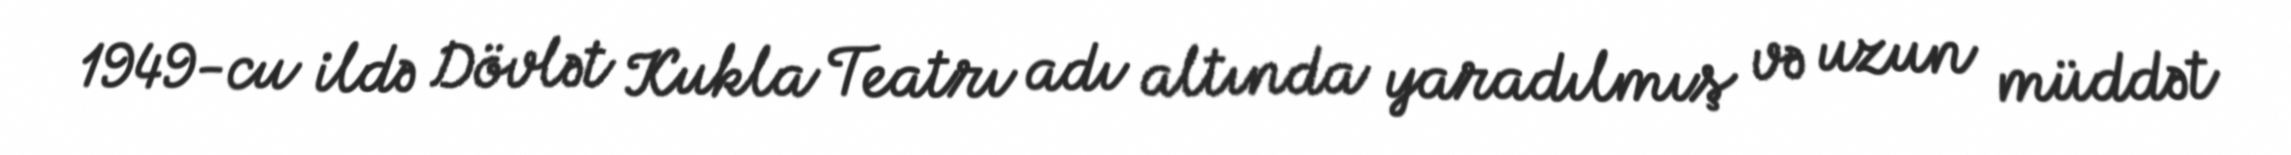
1949-cu ildə Dövlət Kukla Teatrı adı altında yaradılmış və uzun müddət